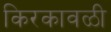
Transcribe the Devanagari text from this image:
किरकावळी